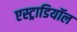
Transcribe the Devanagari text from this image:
एस्ट्राडियॉल